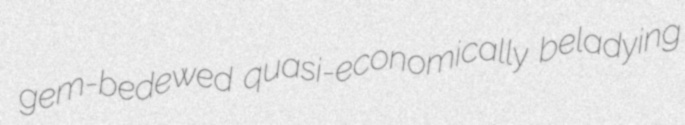
gem-bedewed quasi-economically beladying